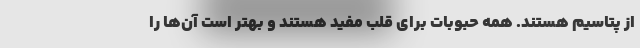
از پتاسیم هستند. همه حبوبات برای قلب مفید هستند و بهتر است آن‌ها را